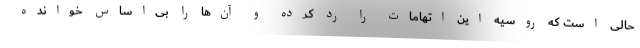
حالی است که روسیه این اتهامات را رد کرده و آن‌ها را بی‌اساس خوانده